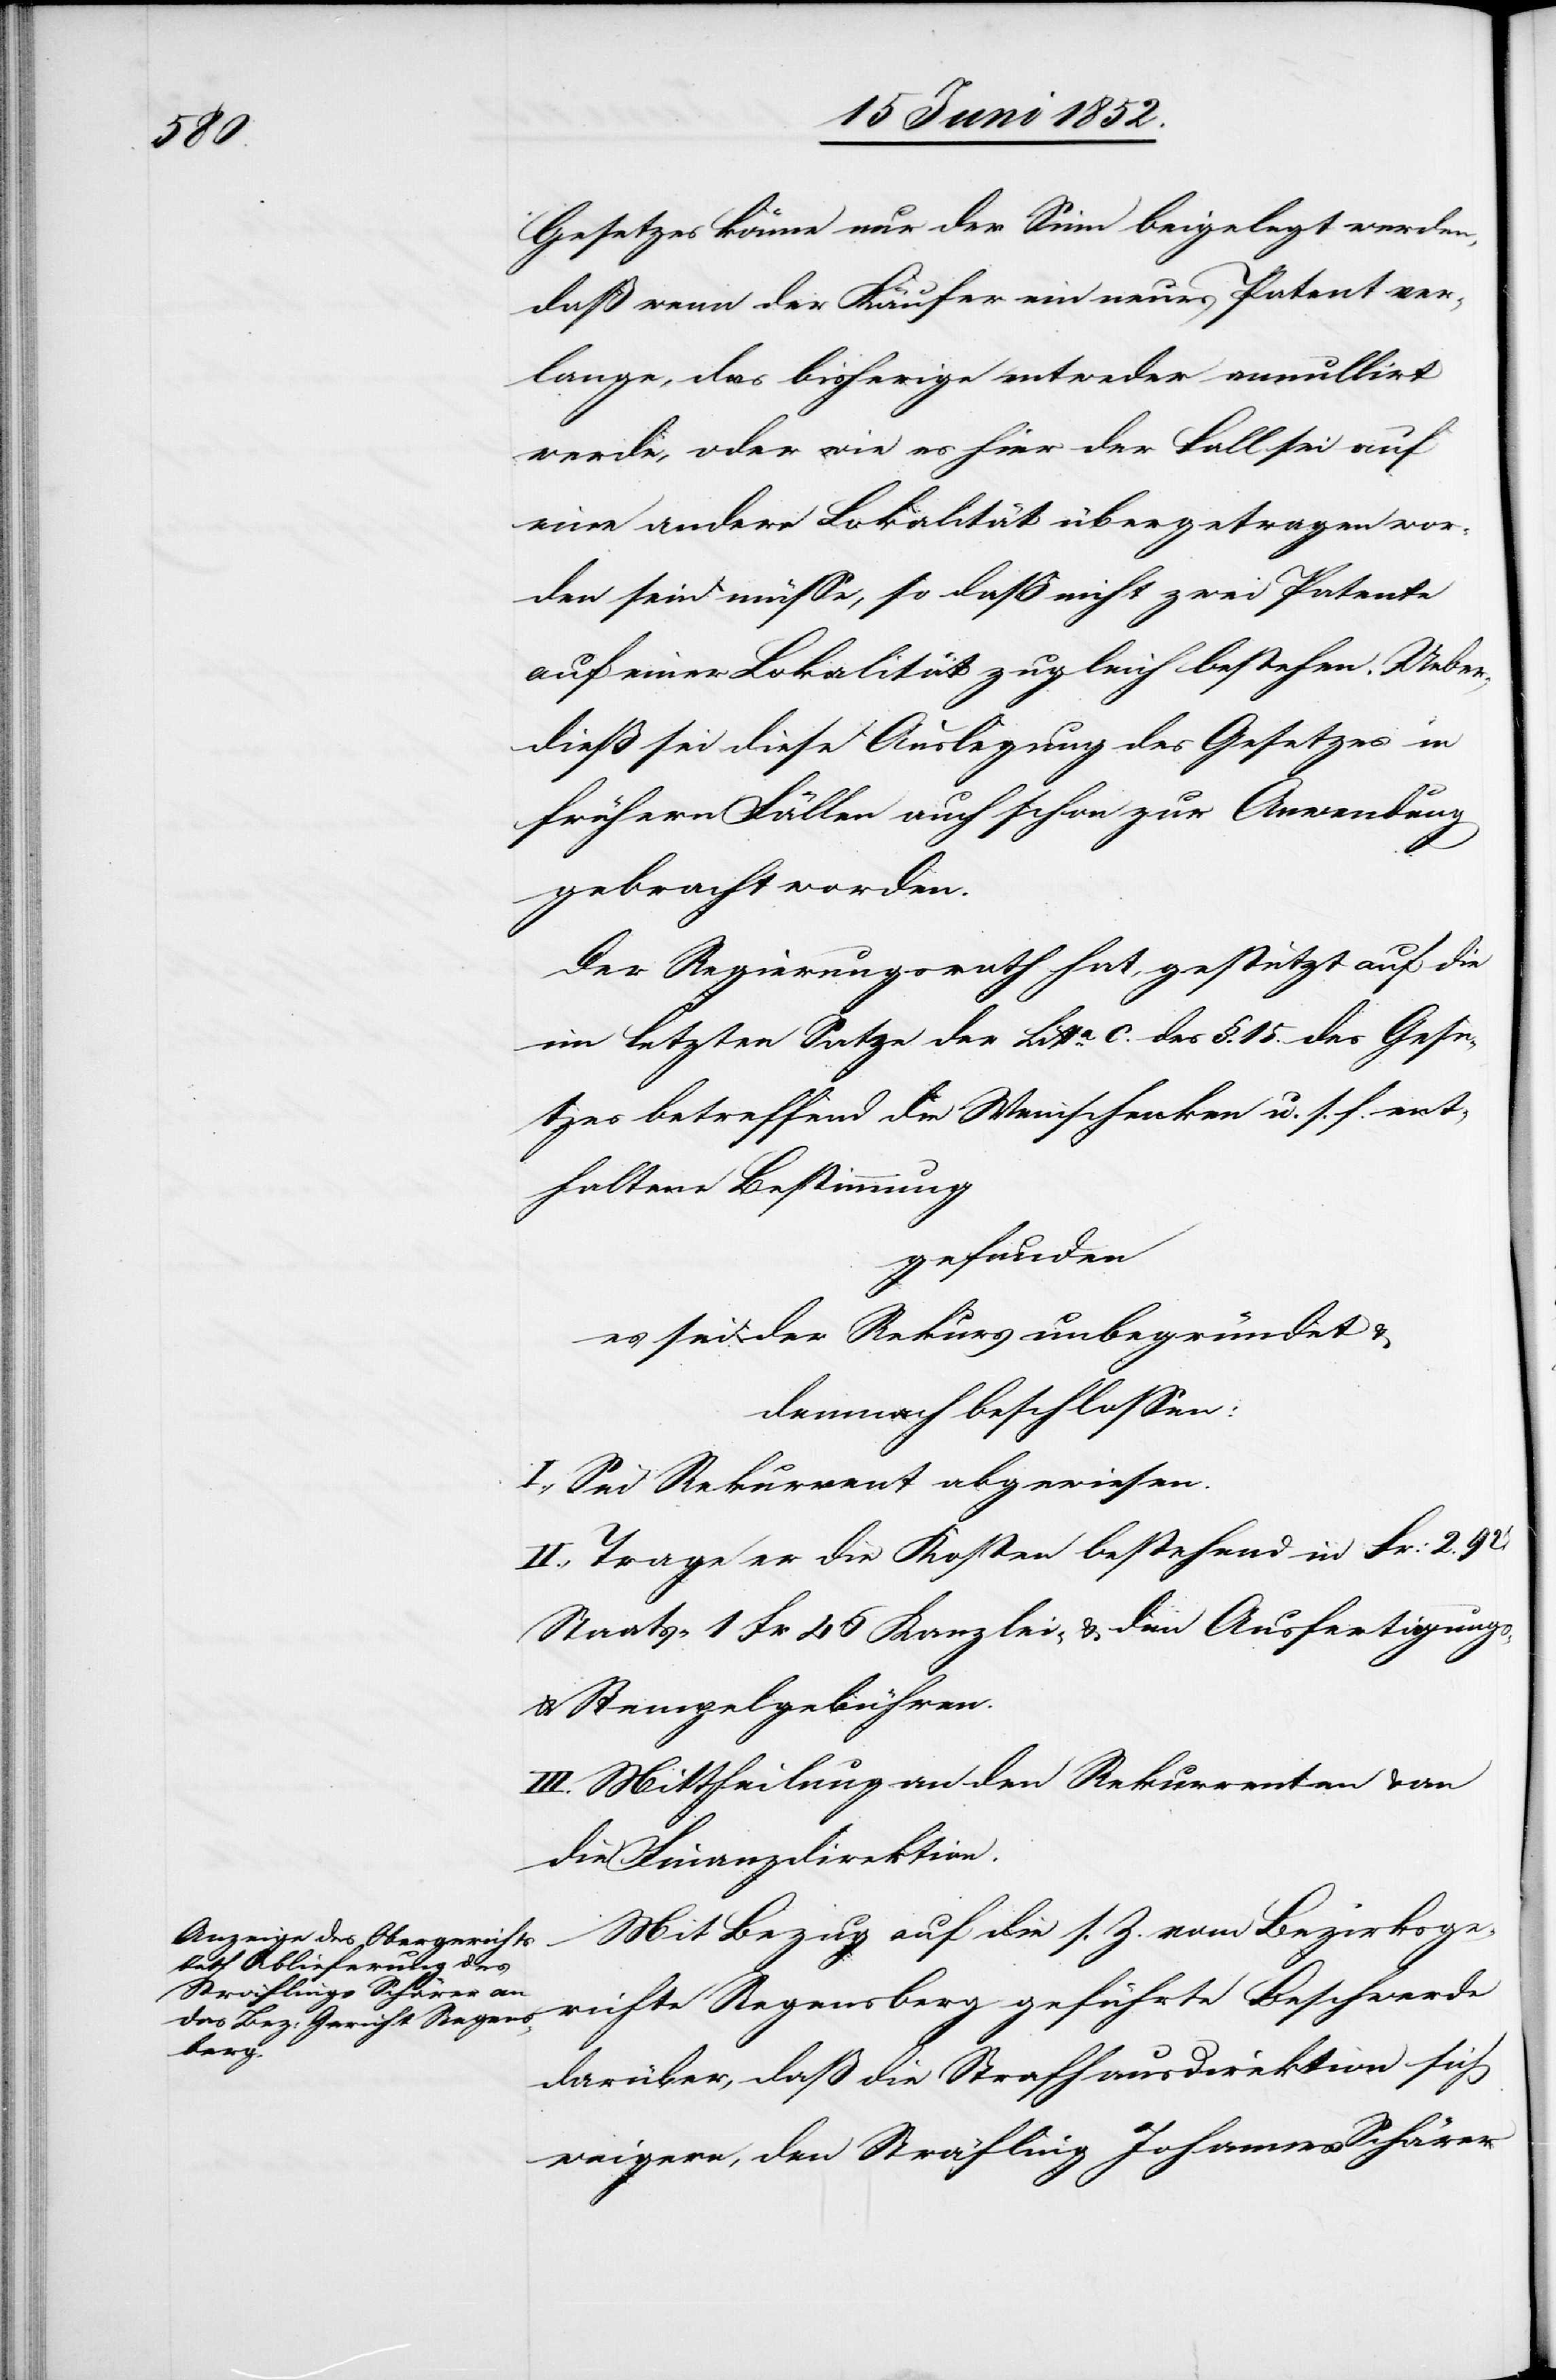
Gesetzes könne nur der Sinn beigelegt werden,
daß wenn der Käufer ein neues Patent ver¬
lange, das bisherige entweder annullirt
werde, oder wie es hier der Fall sei auf
eine andere Lokalität übergetragen wor¬
den sein müsse, so daß nicht zwei Patente
auf einer Lokalität zugleich bestehen. Ueber¬
dieß sei diese Auslegung des Gesetzes in
frühern Fällen auch schon zur Anwendung
gebracht worden.
Der Regierungsrath hat, gestützt auf die
im letzten Satze der Litta. c. des §. 15. des Gese¬
tzes betreffend die Weinschenken u. s. f. ent¬
haltene Bestimmung
gefunden
es sei der Rekurs unbegründet &
demnach beschlossen:
I., Sei Rekurrent abgewiesen.
II., Trage er die Kosten bestehend in Fr: 2.
Staats-[,] 1 Fr 46 Kanzlei- & den Ausfertigungs-
& Stempelgebühren.
III. Mittheilung an den Rekurrenten & an
die Finanzdirektion.
Mit Bezug auf die s. Z. vom Bezirksge¬
richte Regensberg geführte Beschwerde
darüber, daß die Strafhausdirektion sich
weigere, den Sträfling Johannes Schärer